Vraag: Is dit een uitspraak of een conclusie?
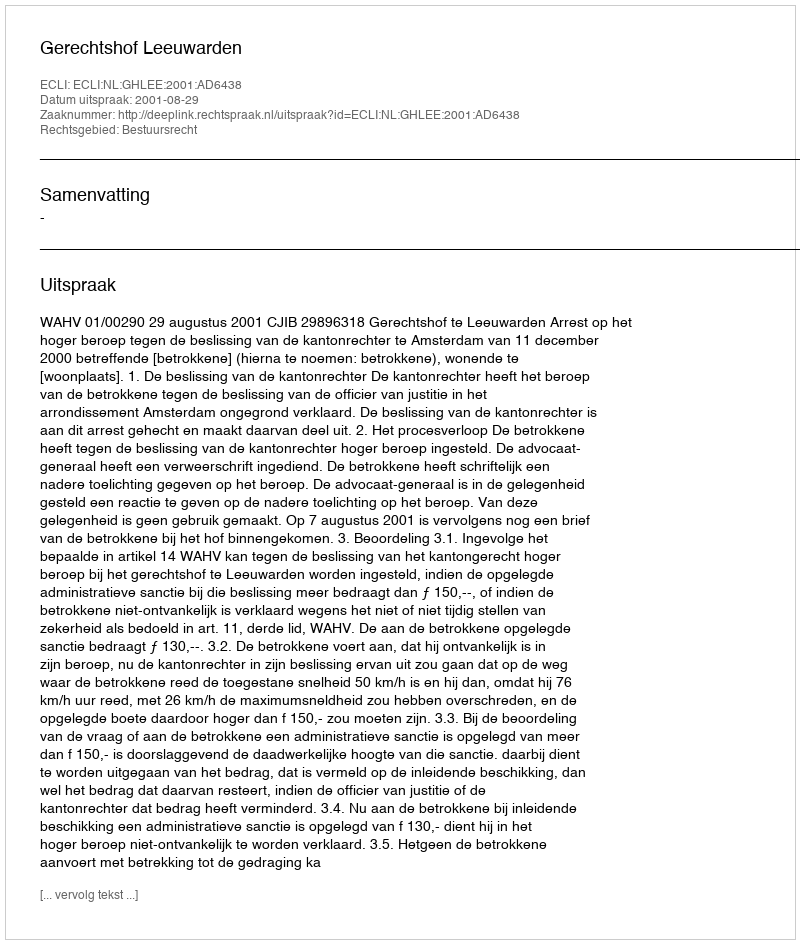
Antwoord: Uitspraak